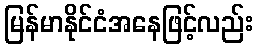
မြန်မာနိုင်ငံအနေဖြင့်လည်း